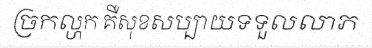
ច្រកល្ហក គឺសុខសប្បាយទទួលលាភ